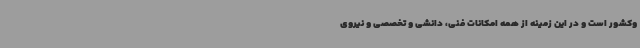
وکشور است و در این زمینه از همه امکانات فنی، دانشی و تخصصی و نیروی